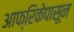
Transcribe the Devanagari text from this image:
आफ्रिकेपासून